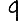
Digit: 9